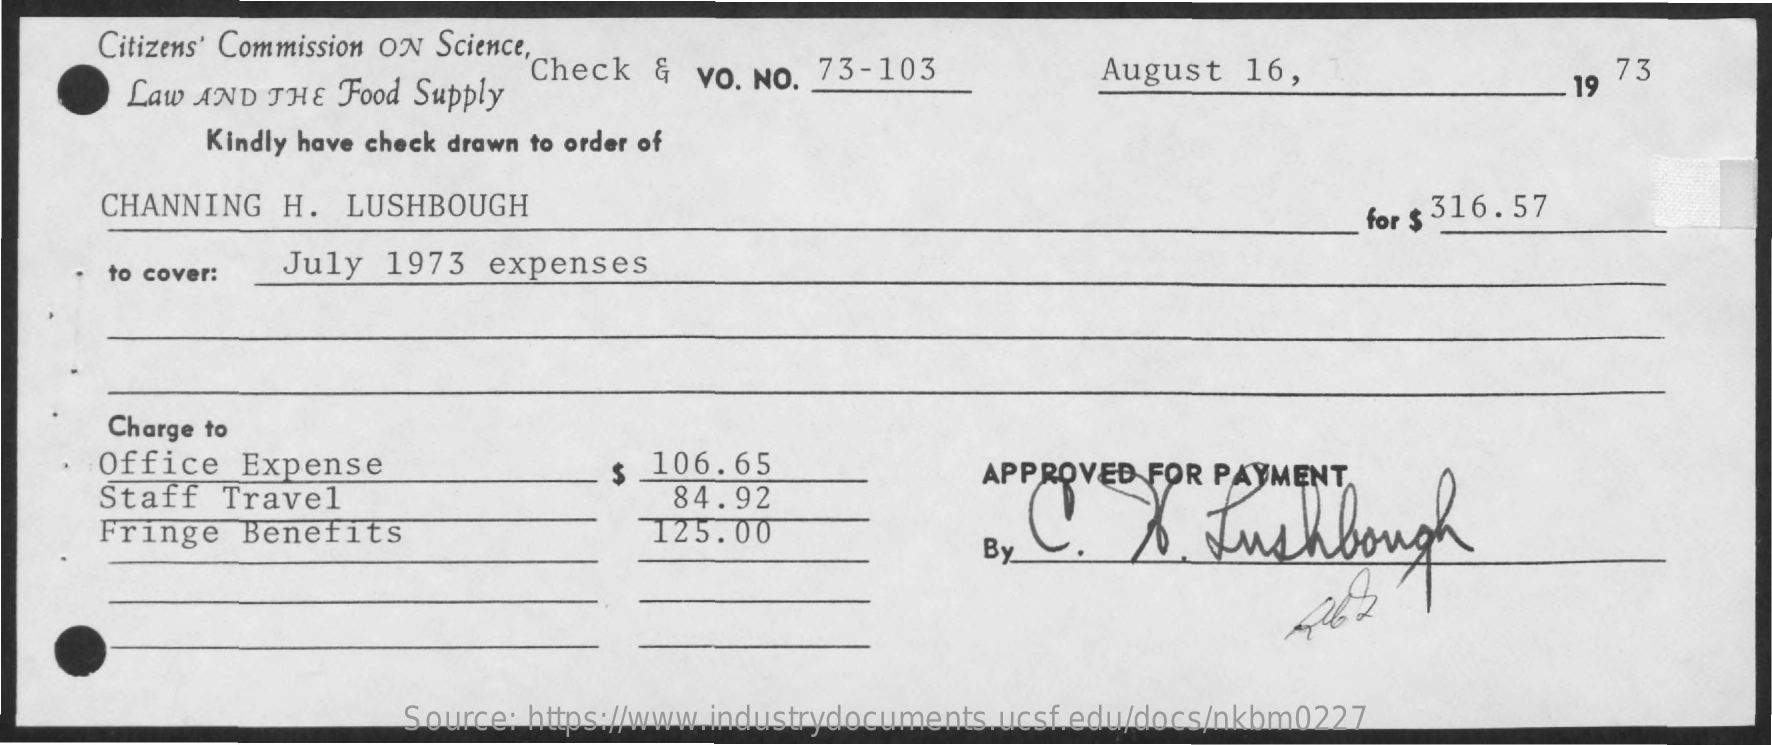
Citizens' Commission ON Science,
     Law AND THE  Food Supply
     Check  &  VO. NO. 73-103    August  16,    19
     73
     Kindly have check drawn to order of
     CHANNING  H.  LUSHBOUGH    for $ 316.57
     to cover:  July  1973  expenses
     Charge to
     Office   Expense
     Staff   Travel
     $ 106.65
     84.92
     APPROVED  FOR PAYMENT,
     16 Lushbough Fringe Benefits 125.00
     By
     Source: https://www.industrydocuments.ucsf.edu/docs/nkbm0227